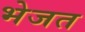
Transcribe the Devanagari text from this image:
भेजत